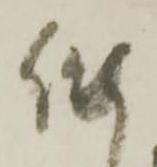
作